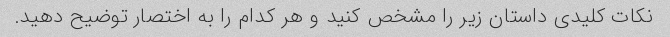
نکات کلیدی داستان زیر را مشخص کنید و هر کدام را به اختصار توضیح دهید.